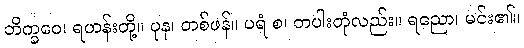
ဘိက္ခဝေ၊ ရဟန်းတို့။ ပုန၊ တစ်ဖန်။ ပရံ စ၊ တပါးတုံလည်း။ ရညော၊ မင်း၏။